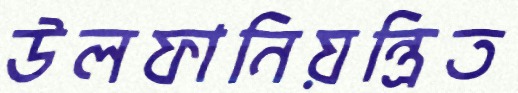
উলফানিয়ন্ত্রিত